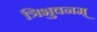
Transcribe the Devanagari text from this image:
त्रिभुवनम्